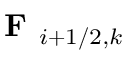
\textbf { F } _ { i + 1 / 2 , k }